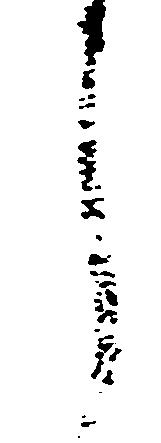
し